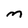
Character: m